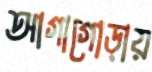
আগাগোড়ায়